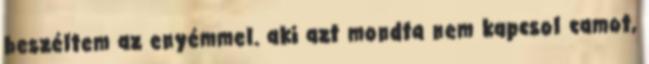
beszéltem az enyémmel. aki azt mondta nem kapcsol camot,